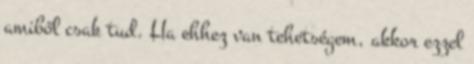
amiből csak tud. Ha ehhez van tehetségem, akkor ezzel